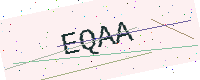
Text: EQAA